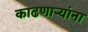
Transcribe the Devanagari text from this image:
काढणाऱ्यांना